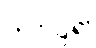
တင်ပြ၍